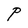
Character: P